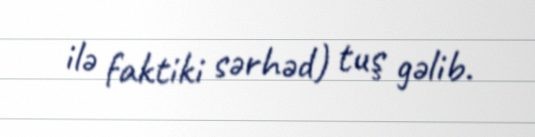
ilə faktiki sərhəd) tuş gəlib.